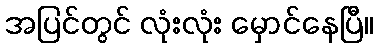
အပြင်တွင် လုံးလုံး မှောင်နေပြီ။